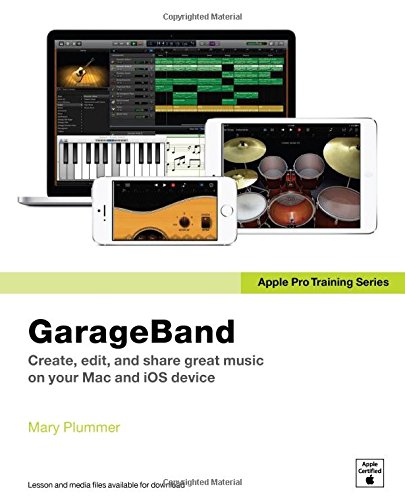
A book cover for Apple Pro Training Series: GarageBand; Mary Plummer; Arts & Photography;